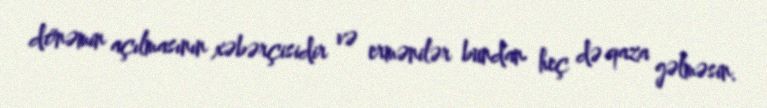
dönəmin açılmasının xəbərçisidir və ermənilər bundan heç də qaza gəlməsin.